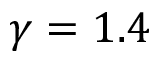
\gamma = 1 . 4